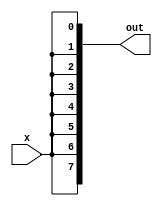
module elongate(input x, output[7:0] out);

	// Creates an 8-bit binary number xxxxxxxx from a single bit input x.
	
	assign out[0] = x;
	assign out[1] = x;
	assign out[2] = x;
	assign out[3] = x;
	assign out[4] = x;
	assign out[5] = x;
	assign out[6] = x;
	assign out[7] = x;

endmodule